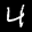
Label: 4